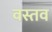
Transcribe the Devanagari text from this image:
वस्तव